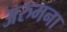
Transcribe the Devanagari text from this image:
अरुमना